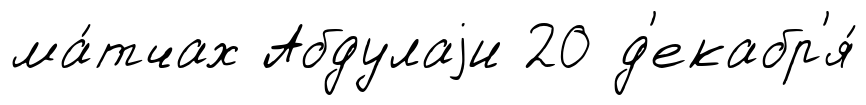
ма́тчах Абдулаjи 20 д'екабр'я́